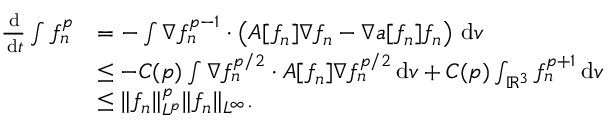
\begin{array} { r l } { \frac { \, \mathrm { d } } { \, \mathrm { d } t } \int f _ { n } ^ { p } } & { = - \int \nabla f _ { n } ^ { p - 1 } \cdot \left( A [ f _ { n } ] \nabla f _ { n } - \nabla a [ f _ { n } ] f _ { n } \right) \, \mathrm { d } v } \\ & { \le - C ( p ) \int \nabla f _ { n } ^ { p / 2 } \cdot A [ f _ { n } ] \nabla f _ { n } ^ { p / 2 } \, \mathrm { d } v + C ( p ) \int _ { \ensuremath { { \mathbb R } } ^ { 3 } } f _ { n } ^ { p + 1 } \, \mathrm { d } v } \\ & { \le \| f _ { n } \| _ { L ^ { p } } ^ { p } \| f _ { n } \| _ { L ^ { \infty } } . } \end{array}